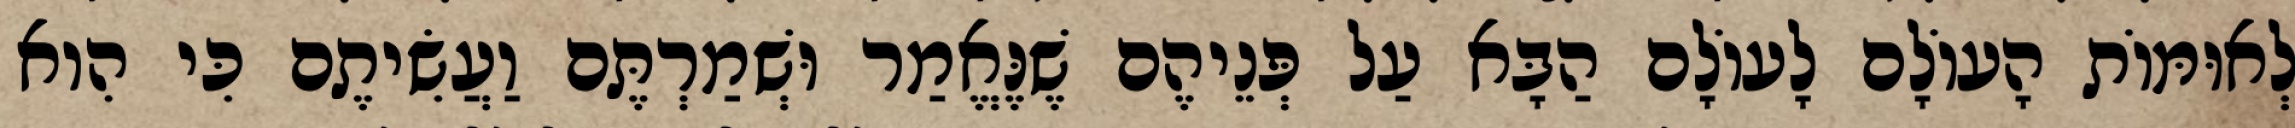
לְאוּמּוֹת הָעוֹלָם לָעוֹלָם הַבָּא עַל פְּנֵיהֶם שֶׁנֶּאֱמַר וּשְׁמַרְתֶּם וַעֲשִׂיתֶם כִּי הִוא